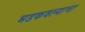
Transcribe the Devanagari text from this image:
भडकवल्याचा